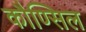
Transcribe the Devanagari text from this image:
कौण्सिल